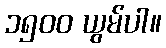
၁၅၀၀ ယွမ်ပါ။